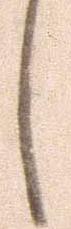
し